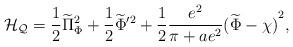
LaTeX: \begin{align*}{\cal H_Q}={1\over 2}\widetilde\Pi^2_\Phi +{1\over 2}\widetilde\Phi'^2+{1\over 2}{e^2\over {\pi+ae^2}}{(\widetilde\Phi -\chi)}^2,\end{align*}